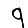
Digit: 9